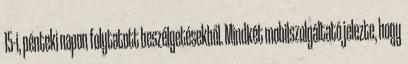
15-i, pénteki napon folytatott beszélgetésekből. Mindkét mobilszolgáltató jelezte, hogy